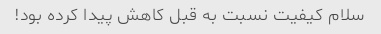
سلام کیفیت نسبت به قبل کاهش پیدا کرده بود!